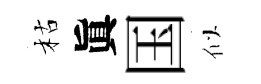
枯眞国似